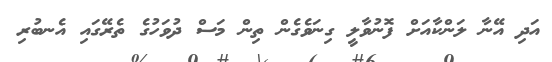
އަދި އޭނާ ލަންކާއަށް ފޮނުވާލީ ގިނަވެގެން ތިން މަސް ދުވަހުގެ ތެރޭގައި އެނބުރި